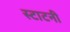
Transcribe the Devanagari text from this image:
स्टाटनी